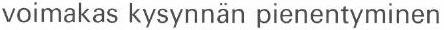
voimakas kysynnän pienentyminen